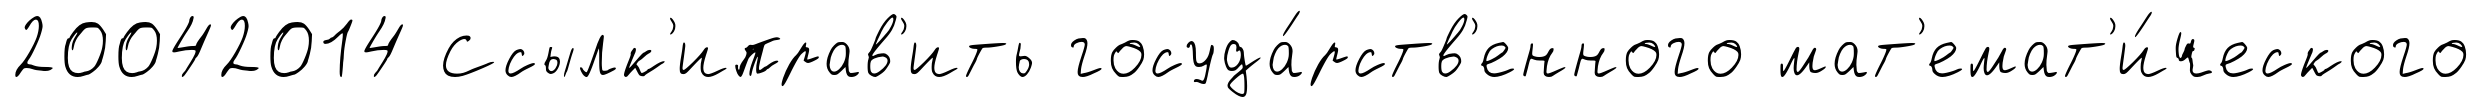
20042014 Ссылк'иправ'ить госуда́рств'енного мат'емат'и́ческого